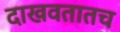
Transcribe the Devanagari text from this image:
दाखवतातच